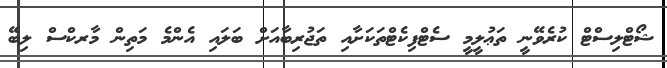
ޝޯޓްލިސްޓް ކުރެވޭނީ ތަޢުލީމީ ސެޓްފިކެޓްތަކަށާއި ތަޖުރިބާއަށް ބަލައި އެންމެ މަތިން މާރކްސް ލިބޭ